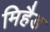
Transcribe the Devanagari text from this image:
मिहैड